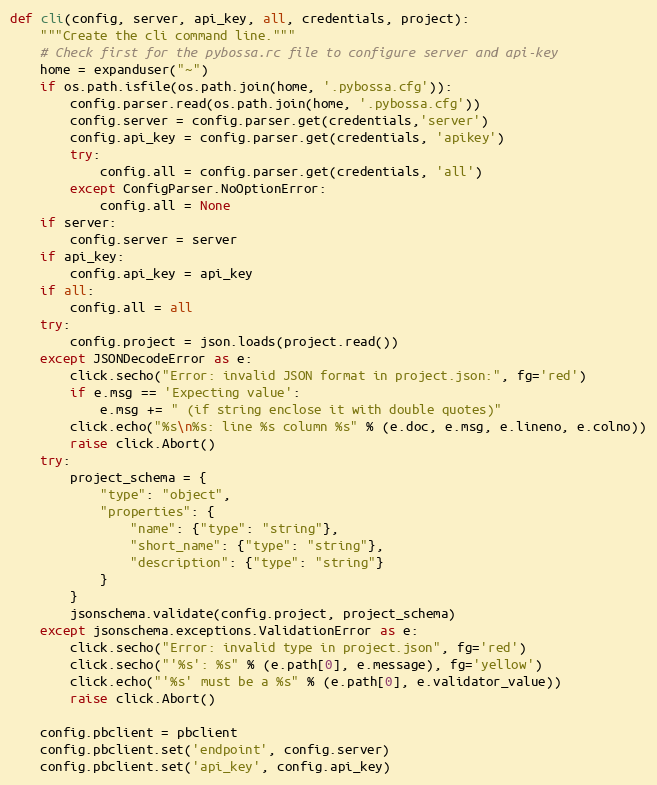
Language: Python
def cli(config, server, api_key, all, credentials, project):
    """Create the cli command line."""
    # Check first for the pybossa.rc file to configure server and api-key
    home = expanduser("~")
    if os.path.isfile(os.path.join(home, '.pybossa.cfg')):
        config.parser.read(os.path.join(home, '.pybossa.cfg'))
        config.server = config.parser.get(credentials,'server')
        config.api_key = config.parser.get(credentials, 'apikey')
        try:
            config.all = config.parser.get(credentials, 'all')
        except ConfigParser.NoOptionError:
            config.all = None
    if server:
        config.server = server
    if api_key:
        config.api_key = api_key
    if all:
        config.all = all
    try:
        config.project = json.loads(project.read())
    except JSONDecodeError as e:
        click.secho("Error: invalid JSON format in project.json:", fg='red')
        if e.msg == 'Expecting value':
            e.msg += " (if string enclose it with double quotes)"
        click.echo("%s\n%s: line %s column %s" % (e.doc, e.msg, e.lineno, e.colno))
        raise click.Abort()
    try:
        project_schema = {
            "type": "object",
            "properties": {
                "name": {"type": "string"},
                "short_name": {"type": "string"},
                "description": {"type": "string"}
            }
        }
        jsonschema.validate(config.project, project_schema)
    except jsonschema.exceptions.ValidationError as e:
        click.secho("Error: invalid type in project.json", fg='red')
        click.secho("'%s': %s" % (e.path[0], e.message), fg='yellow')
        click.echo("'%s' must be a %s" % (e.path[0], e.validator_value))
        raise click.Abort()

    config.pbclient = pbclient
    config.pbclient.set('endpoint', config.server)
    config.pbclient.set('api_key', config.api_key)